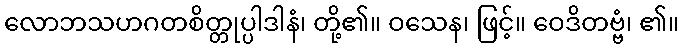
လောဘသဟဂတစိတ္တုပ္ပါဒါနံ၊ တို့၏။ ဝသေန၊ ဖြင့်။ ဝေဒိတဗ္ဗံ၊ ၏။